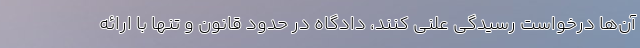
آن‌ها درخواست رسیدگی علنی کنند، دادگاه در حدود قانون و تنها با ارائه